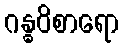
ဂန္ဓဝိစာရော